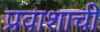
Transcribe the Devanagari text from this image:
प्रवाशाची